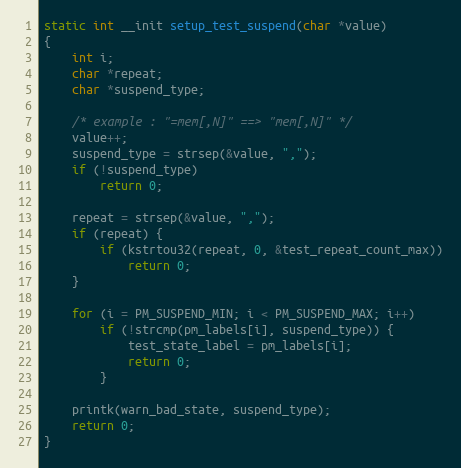
Language: C
static int __init setup_test_suspend(char *value)
{
	int i;
	char *repeat;
	char *suspend_type;

	/* example : "=mem[,N]" ==> "mem[,N]" */
	value++;
	suspend_type = strsep(&value, ",");
	if (!suspend_type)
		return 0;

	repeat = strsep(&value, ",");
	if (repeat) {
		if (kstrtou32(repeat, 0, &test_repeat_count_max))
			return 0;
	}

	for (i = PM_SUSPEND_MIN; i < PM_SUSPEND_MAX; i++)
		if (!strcmp(pm_labels[i], suspend_type)) {
			test_state_label = pm_labels[i];
			return 0;
		}

	printk(warn_bad_state, suspend_type);
	return 0;
}